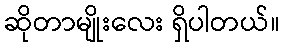
ဆိုတာမျိုးလေး ရှိပါတယ်။